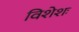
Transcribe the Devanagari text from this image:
विशेशः